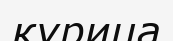
курица